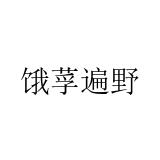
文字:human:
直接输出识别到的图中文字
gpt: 饿莩遍野